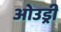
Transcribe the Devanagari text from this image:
ओउड्री